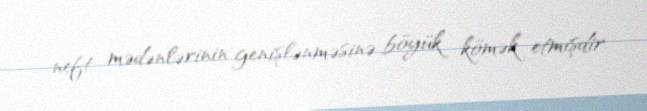
neft mədənlərinin genişlənməsinə böyük kömək etmişdir.